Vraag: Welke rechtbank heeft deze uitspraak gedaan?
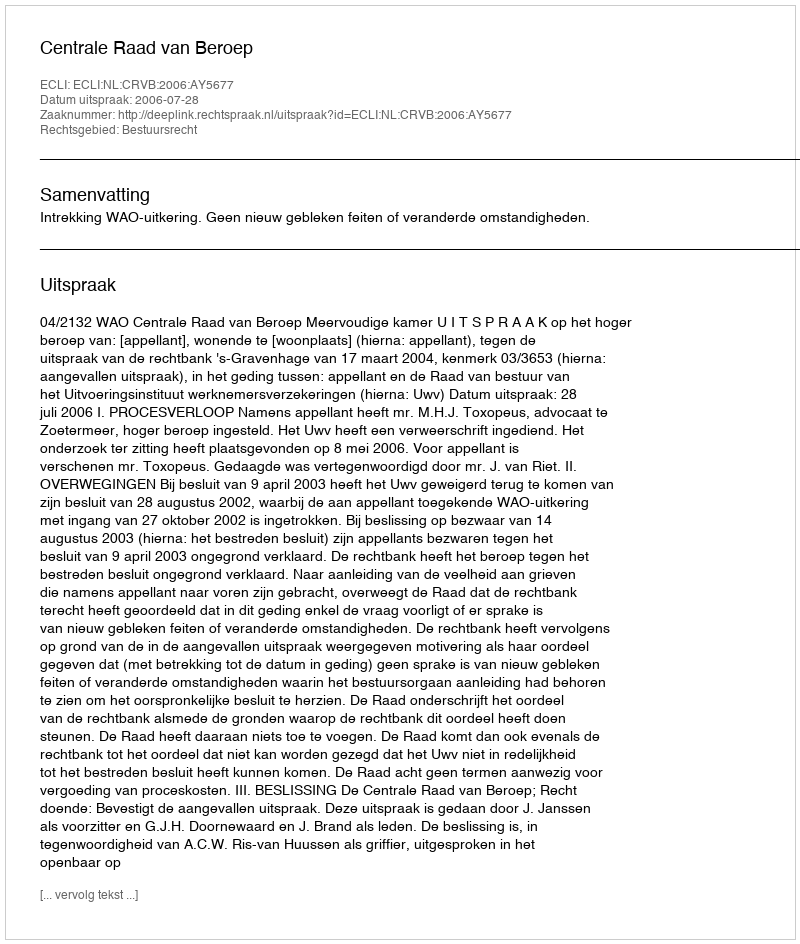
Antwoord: Centrale Raad van Beroep